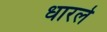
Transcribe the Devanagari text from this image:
धारले